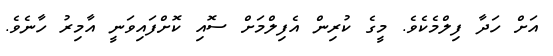
އަށް ހަދާ ފިލްމެކެވެ. މީގެ ކުރިން އެފިލްމަށް ސޮއި ކޮށްފައިވަނީ އާމިރު ހާނެވެ.